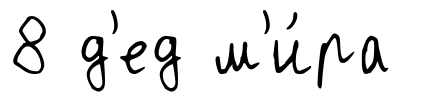
8 д'ед м'и́ра